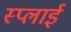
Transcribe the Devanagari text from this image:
स्प्लाई